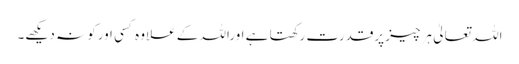
اللہ تعالیٰ ہرچیز پرقدرت رکھتا ہے اوراللہ کے علاوہ کسی اورکو نہ دیکھے۔